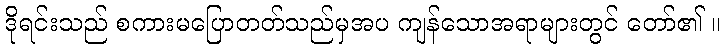
ဒိုရင်းသည် စကားမပြောတတ်သည်မှအပ ကျန်သောအရာများတွင် တော်၏ ။